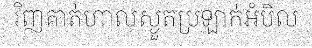
វិញគាត់ហាលស្ងួតប្រឡាក់អំបិល